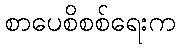
စာပေစိစစ်ရေးက